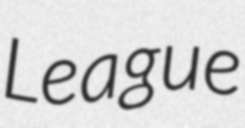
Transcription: League